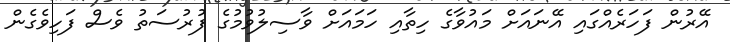
އޭރުން ފަހަރެއްގައި އޭނައަށް މައުވާގެ ހިތާއި ހަމައަށް ވާސިލުވުމުގެ ފުރުސަތު ވެސް ފަހިވެގެން